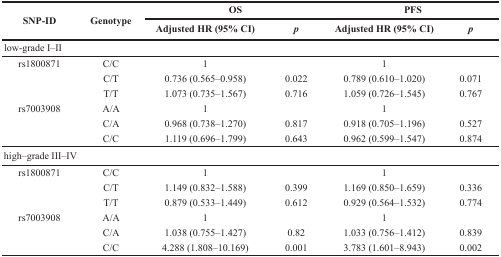
<table><thead><tr><td rowspan="2"><b>SNP-ID</b></td><td rowspan="2"><b>Genotype</b></td><td colspan="2"><b>OS</b></td><td colspan="2"><b>PFS</b></td></tr><tr><td><b>Adjusted HR (95% CI)</b></td><td><b><i>p</i></b></td><td><b>Adjusted HR (95% CI)</b></td><td><b><i>p</i></b></td></tr></thead><tbody><tr><td colspan="6">low-grade I–II</td></tr><tr><td>rs1800871</td><td>C/C</td><td>1</td><td></td><td>1</td><td></td></tr><tr><td></td><td>C/T</td><td>0.736 (0.565–0.958)</td><td>0.022</td><td>0.789 (0.610–1.020)</td><td>0.071</td></tr><tr><td></td><td>T/T</td><td>1.073 (0.735–1.567)</td><td>0.716</td><td>1.059 (0.726–1.545)</td><td>0.767</td></tr><tr><td>rs7003908</td><td>A/A</td><td>1</td><td></td><td>1</td><td></td></tr><tr><td></td><td>C/A</td><td>0.968 (0.738–1.270)</td><td>0.817</td><td>0.918 (0.705–1.196)</td><td>0.527</td></tr><tr><td></td><td>C/C</td><td>1.119 (0.696–1.799)</td><td>0.643</td><td>0.962 (0.599–1.547)</td><td>0.874</td></tr><tr><td colspan="6">high–grade III–IV</td></tr><tr><td>rs1800871</td><td>C/C</td><td>1</td><td></td><td>1</td><td></td></tr><tr><td></td><td>C/T</td><td>1.149 (0.832–1.588)</td><td>0.399</td><td>1.169 (0.850–1.659)</td><td>0.336</td></tr><tr><td></td><td>T/T</td><td>0.879 (0.533–1.449)</td><td>0.612</td><td>0.929 (0.564–1.532)</td><td>0.774</td></tr><tr><td>rs7003908</td><td>A/A</td><td>1</td><td></td><td>1</td><td></td></tr><tr><td></td><td>C/A</td><td>1.038 (0.755–1.427)</td><td>0.82</td><td>1.033 (0.756–1.412)</td><td>0.839</td></tr><tr><td></td><td>C/C</td><td>4.288 (1.808–10.169)</td><td>0.001</td><td>3.783 (1.601–8.943)</td><td>0.002</td></tr></tbody></table>